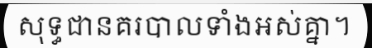
សុទ្ធជានគរបាលទាំងអស់គ្នា។